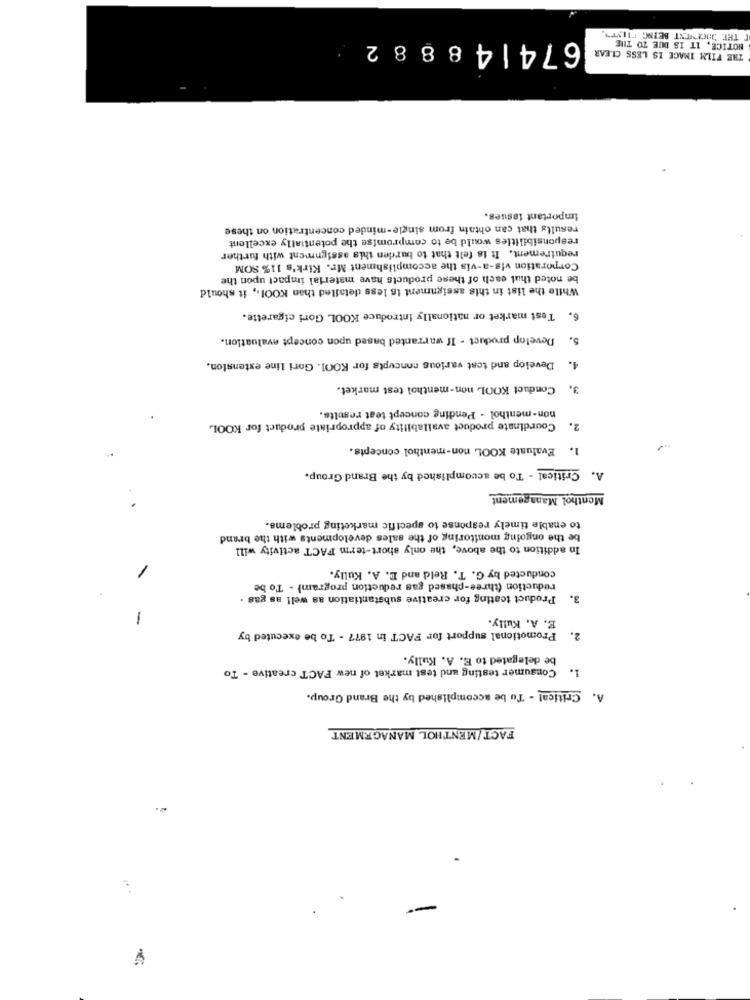
NOTICE, IT IS DUE TO THE
T THE JOOPNEXT BEING "ILVTT
674148882
THE FILM IMAGE IS LESS CLEAR
Important issues.
results that can obtain from single-minded concentration on these
responsibilities would be to compromise the potentially excellent
requirement. It is felt that to burden this assignment with further
Corporation vis-a-vis the accomplishment Mr. Kirk's 11% SOM
be noted thui each of these products have material impact upon the
While the list in this assignment is less detailed than KOOL ., it should
6. Test market or nationally introduce KOOL Gori cigarette.
5. Develop product - If warranted based upon concept evaluation.
Develop and test various concepts for KOOI. Gori line extension.
4.
Conduct KOOL non-menthol test market.
3.
non-menthol - Pending concept teat results.
Courdinate product availability of appropriate product for KOOL
2.
1. Evaluate KOOL non-menthol concepts.
A. Critical - To be accomplished by the Brand Group.
Menthol Management
to enable timely response to specific marketing problems.
be the ongoing monitoring of the sales developments with the brand
In addition to the above, the only short-term FACT activity will
conducted by G. T. Reid and E. A. Kully.
-
reduction (three-phased gas reduction program) - To be
Product teating for creative substantiation as well as gas .
3.
E. A. Kully.
-
Promotional support for FACT in 1977 - To be executed by
2.
be delegated to E. A. Kully.
Consumer testing and test market of new FACT creative - To
1.
A. Critical - Tu be accomplished by the Brand Group.
FACT/MENTHOL MANAGEMENT